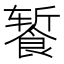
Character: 𬲕